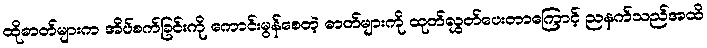
ထိုဓာတ်များက အိပ်စက်ခြင်းကို ကောင်းမွန်စေတဲ့ ဓာတ်များကို ထုတ်လွှတ်ပေးတာကြောင့် ညနက်သည်အထိ